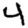
Digit: 4